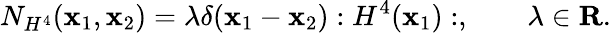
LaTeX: N_{H^{4}}(\mathbf{x}_{1},\mathbf{x}_{2})=\lambda\delta(\mathbf{x}_{1}-\mathbf{x}_{2}):H^{4}(\mathbf{x}_{1}):,\quad\quad\lambda\in\mathbf{{R}}.